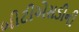
બીટીએસડીની